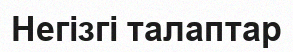
Негізгі талаптар